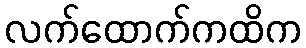
လက်ထောက်ကထိက